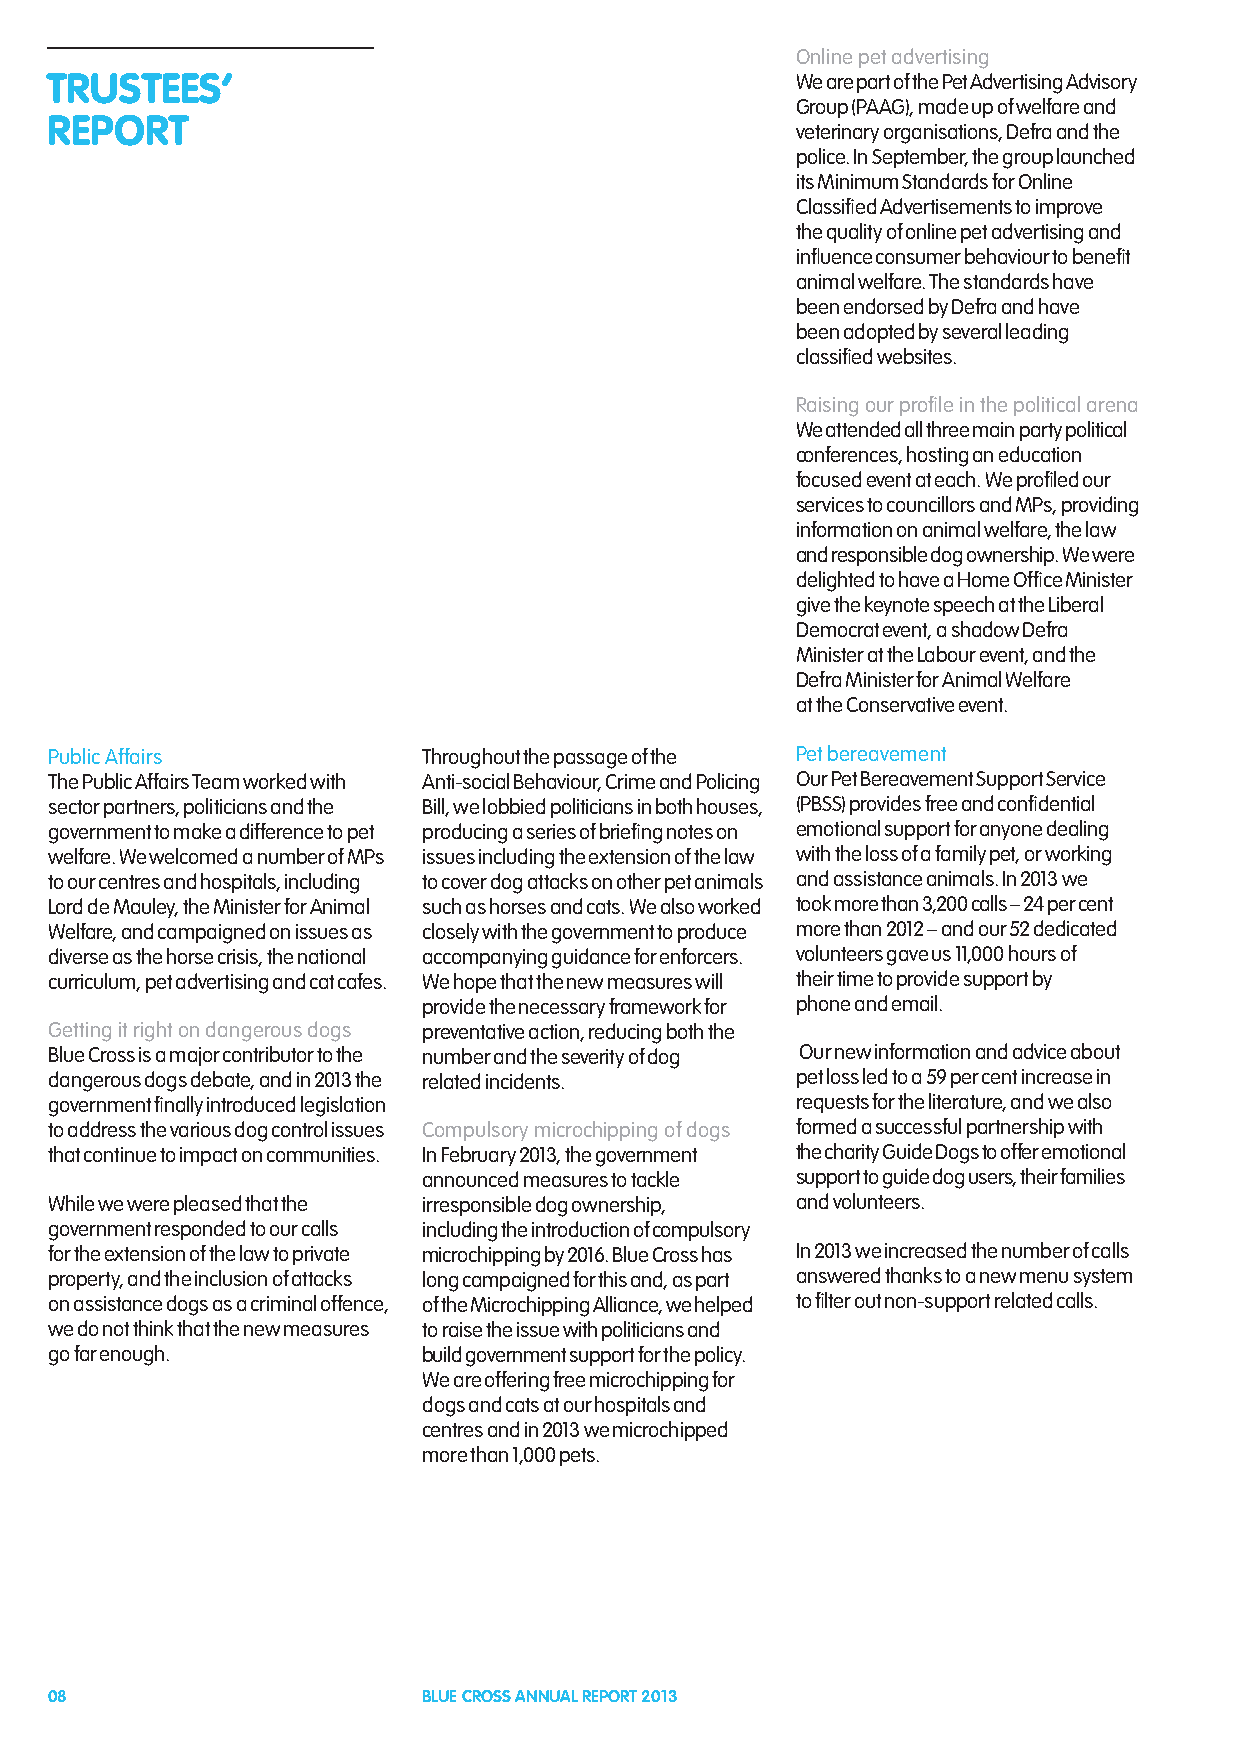
Online pet advertising
 TRUSTEES’                                         We are part of the Pet Advertising Advisory
 Group (PAAG), made up of welfare and
 REPORT
 veterinary organisations, Defra and the
 police. In September, the group launched
 its Minimum Standards for Online
 Classified Advertisements to improve
 the quality of online pet advertising and
 influence consumer behaviour to benefit
 animal welfare. The standards have
 been endorsed by Defra and have
 been adopted by several leading
 classified websites.
 Raising our profile in the political arena
 We attended all three main party political
 conferences, hosting an education
 focused event at each. We profiled our
 services to councillors and MPs, providing
 information on animal welfare, the law
 and responsible dog ownership. We were
 delighted to have a Home Office Minister
 give the keynote speech at the Liberal
 Democrat event, a shadow Defra
 Minister at the Labour event, and the
 Defra Minister for Animal Welfare
 at the Conservative event.
 Public Affairs           Throughout the passage of the Pet bereavement
 The Public Affairs Team worked with Anti-social Behaviour, Crime and Policing Our Pet Bereavement Support Service
 sector partners, politicians and the Bill, we lobbied politicians in both houses, (PBSS) provides free and confidential
 government to make a difference to pet producing a series of briefing notes on emotional support for anyone dealing
 welfare. We welcomed a number of MPs issues including the extension of the law with the loss of a family pet, or working
 to our centres and hospitals, including to cover dog attacks on other pet animals and assistance animals. In 2013 we
 Lord de Mauley, the Minister for Animal such as horses and cats. We also worked took more than 3,200 calls – 24 per cent
 Welfare, and campaigned on issues as closely with the government to produce more than 2012 – and our 52 dedicated
 diverse as the horse crisis, the national accompanying guidance for enforcers. volunteers gave us 11,000 hours of
 curriculum, pet advertising and cat cafes. We hope that the new measures will their time to provide support by
 provide the necessary framework for phone and email.
 Getting it right on dangerous dogs preventative action, reducing both the
 Blue Cross is a major contributor to the number and the severity of dog Our new information and advice about
 dangerous dogs debate, and in 2013 the related incidents. pet loss led to a 59 per cent increase in
 government finally introduced legislation         requests for the literature, and we also
 to address the various dog control issues Compulsory microchipping of dogs formed a successful partnership with
 that continue to impact on communities. In February 2013, the government the charity Guide Dogs to offer emotional
 announced measures to tackle support to guide dog users, their families
 While we were pleased that the irresponsible dog ownership, and volunteers.
 government responded to our calls including the introduction of compulsory
 for the extension of the law to private microchipping by 2016. Blue Cross has In 2013 we increased the number of calls
 property, and the inclusion of attacks long campaigned for this and, as part answered thanks to a new menu system
 on assistance dogs as a criminal offence, of the Microchipping Alliance, we helped to filter out non-support related calls.
 we do not think that the new measures to raise the issue with politicians and
 go far enough.           build government support for the policy.
 We are offering free microchipping for
 dogs and cats at our hospitals and
 centres and in 2013 we microchipped
 more than 1,000 pets.
 08                       BLUE CROSS ANNUAL REPORT 2013